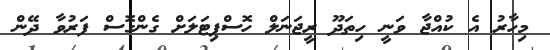
މިހާރު އެ ކުއްޖާ ވަނީ ހިތަދޫ ރީޖަނަލް ހޮސްޕިޓަލަށް ގެންގޮސް ފަރުވާ ދޭން